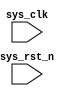
`timescale 1ns / 1ps
//////////////////////////////////////////////////////////////////////////////////
// Company: 
// Engineer: 
// 
// Design Name: 
// Module Name: fifo_rd
// Project Name: 
// Target Devices: 
// Tool Versions: 
// Description: 
// 
// Dependencies: 
// 
// Revision:
// Revision 0.01 - File Created
// Additional Comments:
// 
//////////////////////////////////////////////////////////////////////////////////


module fifo_rd(
    input	            sys_clk,                  //
    input               sys_rst_n                //
    );
    
endmodule